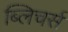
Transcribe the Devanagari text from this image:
ब्लिचर्स